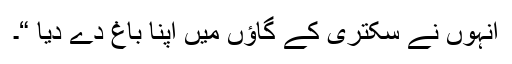
انہوں نے سکتری کے گاﺅں میں اپنا باغ دے دیا “۔